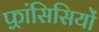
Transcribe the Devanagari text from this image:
फ़्रांसिसियों